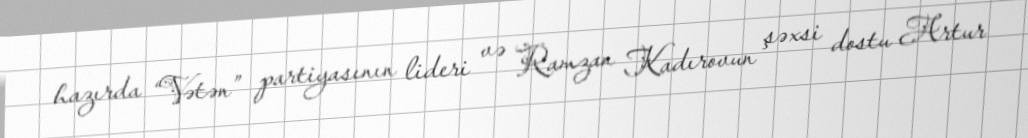
hazırda “Vətən” partiyasının lideri və Ramzan Kadırovun şəxsi dostu Artur